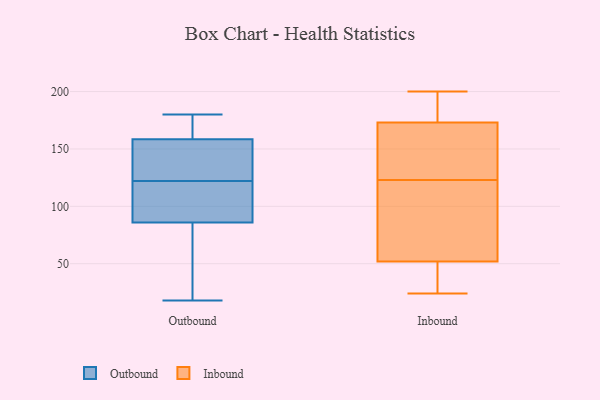
{"axis": {"x": "Temperature (°C)", "y": "Value"}, "legend": ["Inbound", "Outbound"], "data": [{"x": "", "y": 121, "type": "Outbound"}, {"x": "", "y": 122, "type": "Outbound"}, {"x": "", "y": 156, "type": "Outbound"}, {"x": "", "y": 122, "type": "Outbound"}, {"x": "", "y": 121, "type": "Outbound"}, {"x": "", "y": 51, "type": "Outbound"}, {"x": "", "y": 161, "type": "Outbound"}, {"x": "", "y": 180, "type": "Outbound"}, {"x": "", "y": 39, "type": "Outbound"}, {"x": "", "y": 18, "type": "Outbound"}, {"x": "", "y": 162, "type": "Outbound"}, {"x": "", "y": 133, "type": "Outbound"}, {"x": "", "y": 167, "type": "Inbound"}, {"x": "", "y": 198, "type": "Inbound"}, {"x": "", "y": 52, "type": "Inbound"}, {"x": "", "y": 33, "type": "Inbound"}, {"x": "", "y": 53, "type": "Inbound"}, {"x": "", "y": 146, "type": "Inbound"}, {"x": "", "y": 135, "type": "Inbound"}, {"x": "", "y": 55, "type": "Inbound"}, {"x": "", "y": 184, "type": "Inbound"}, {"x": "", "y": 179, "type": "Inbound"}, {"x": "", "y": 200, "type": "Inbound"}, {"x": "", "y": 24, "type": "Inbound"}, {"x": "", "y": 173, "type": "Inbound"}, {"x": "", "y": 43, "type": "Inbound"}, {"x": "", "y": 171, "type": "Inbound"}, {"x": "", "y": 89, "type": "Inbound"}, {"x": "", "y": 46, "type": "Inbound"}, {"x": "", "y": 111, "type": "Inbound"}]}